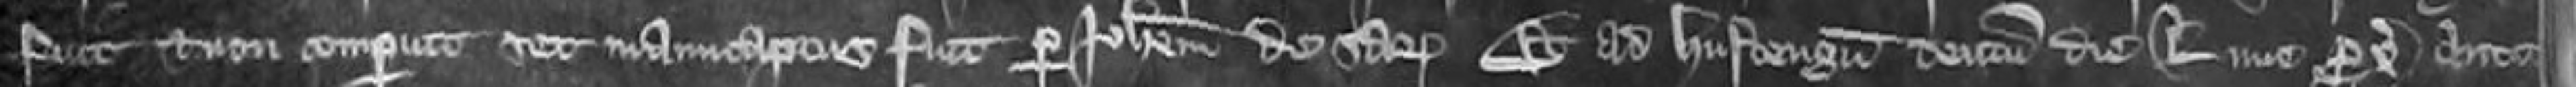
fuit et non comperuit sec manucaptus fuit per Johannem de Sarum et ad Hustengum centum die Lune proximo ante